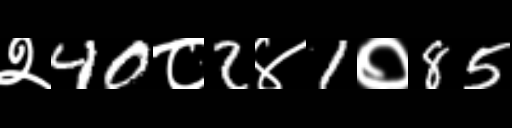
Text: २40८2४1०85